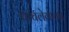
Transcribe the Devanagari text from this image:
पाचलेगावने